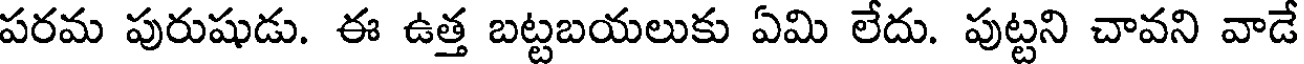
పరమ పురుషుడు. ఈ ఉత్త బట్టబయలుకు ఏమి లేదు. పుట్టని చావని వాడే